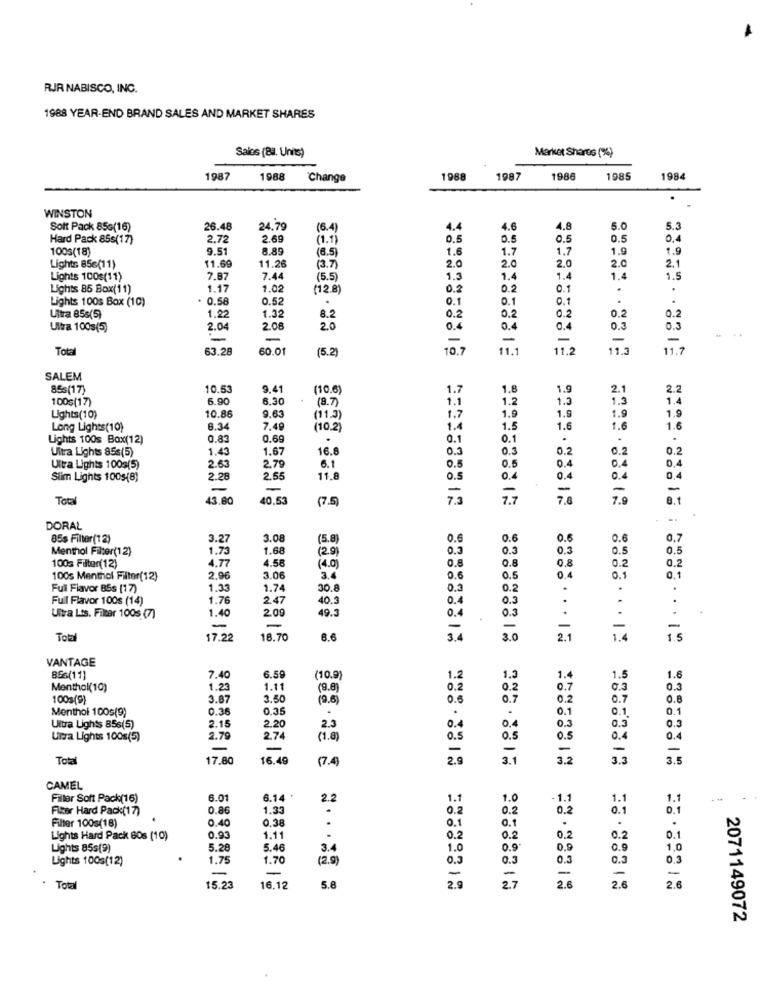
RJR NABISCO, INC.
1988 YEAR-END BRAND SALES AND MARKET SHARES
Sales (B. Unns)
Market Shares (%)
198
1988
Change
1988
1987
1986
1985
198
WINSTON
Solt Pack 85G(16)
26.48
24.79
(6.4)
4.4
4.6
4.8
5.0
5.3
Hard Pack 85s(17)
2.72
2.69
(1.1)
0.5
0.5
0.5
0.5
0,4
100s(18)
9.51
8.89
(6.5)
1.6
1.7
1.7
1.9
1.9
2.0
2.0
2.0
2.0
2.1
Lights 856(11)
11.69
11.26
(3.7)
Lights 100s(11)
7.87
7.44
(5.5)
1.3
1.4
1.4
1.4
1.5
Lights 85 Box(11)
1.17
1.02
(12.8)
0.2
0.2
0.1
.
Lights 100s Box (10)
. 0.58
0.52
.
0.1
0.1
0.1
.
1.32
0.2
0.2
0.2
0.2
0.2
Ultra 856(5)
1.2
8.2
Ultra 100s(5)
2.0
2.08
20
0.4
0.4
0.3
0.3
-
-
-
-
-
-
-
Total
63.28
60.01
(5.2)
10.7
11.1
11.2
11.3
11.7
SALEM
85s(17)
10.53
9.41
(10.6)
1.7
1.8
1.9
2.1
2.2
100s(17)
6.90
6.3
(8.7)
1.1
1.2
1.3
1.3
1.4
10.86
9.63
1.9
1.9
1.9
1.9
Lights(10)
(11.3)
1.7
Long Lights(10)
6.34
7.48
(10.2)
1.4
1.5
1.6
1.6
1.6
Lights 100s Box(12)
0.83
0.69
.
0.1
0.1
.
.
Ultra Lights 85s(5)
1.43
1.67
16.8
0.3
0.3
0.2
0.2
0.2
0.5
0,4
0.4
0,4
Ultra Lights 100g(5)
2.63
2,79
6.1
0.5
Slim Lights 1005(8)
2.28
2.55
11.8
0.5
0.4
0,4
0.4
0,4
-
-
-
-
-
Total
43.80
40.53
(7.5)
7.7
7,8
7.9
8.1
DORAL
85s Filter(12)
3.27
3.08
(5.8
0.6
0.6
0.6
0.6
0.7
Menthol Filter(12)
1.73
1.68
(2.9)
0.3
0.3
0.3
0.5
4.77
4.58
(4.0)
0.8
0.8
0.8
0.2
100s Filter(12)
100s Menthol Filter(12)
2.96
3.0
3.4
0.6
0.5
0.4
0.1
Full Flavor 85s (17)
1.3
1.74
0.3
0.2
.
.
Full Flavor 100s (14)
1.76
2.47
40.3
0.4
0.3
.
1.40
2.09
19.3
0.
0.3
Ultra Lts. Filter 100s (7)
-
-
-
-
Total
17.22
16.70
6.6
34
2.1
1.5
VANTAGE
856(11)
7.40
6.59
(10.9)
1.2
1.3
1.4
1.5
1.6
Menthol(10)
1.23
1.11
(9.8]
0.2
0.2
0.7
0.3
0.3
1003(9)
3.87
3.50
(9.6
0.6
0.7
0.2
0.7
0.8
Menthol 100s(9)
0.36
0.35
.
0.1
0.1
0.1
2.15
0.3
0.3
Ultra Lights 856(5)
2.2
2.3
0.4
0.4
Ultra Lights 100s(5)
2.79
2.74
(1.0)
0.5
0.5
0.5
0.4
0,4
-
-
Total
17.80
16.49
7.4]
2.5
3.2
3.5
CAMEL
Filler Soft Pack(16)
6.01
6.14
2.2
1.1
1.0
1.1
1.1
1.1
- -
Filter Hard Pack(17)
0.86
1.33
0.2
0.2
0.2
0.1
0.1
Filter 100s(18)
0.40
0.38
0.1
.
0.1
Lights Hard Pack Gos (10)
0.93
1.11
0.2
0.2
0.2
0.2
0.1
Lights 85s(9)
5.28
5.4
3.4
1.0
0.9
0.9
0.9
1,0
Lights 100s(12)
1.75
1.70
(2.9
0.3
0.3
0.3
0.3
0.3
-
-
25
-
Tota
15.2
16.12
5.6
2.0
2.
2071149072